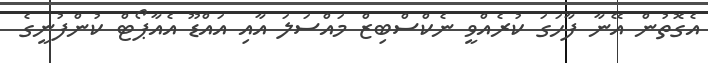
އެގޮތުން އޭނާ ފާހަގަ ކުރެއްވީ ނެކްސްބިޒް މައްސަލަ އާއި އައްޑޫ އެއާޕޯޓް ކުންފުނީގެ